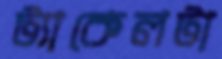
ট্যাকেলটা